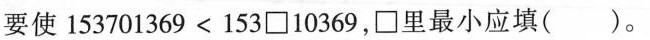
要使153701369<153\Box10369，\Box里最小应填()。